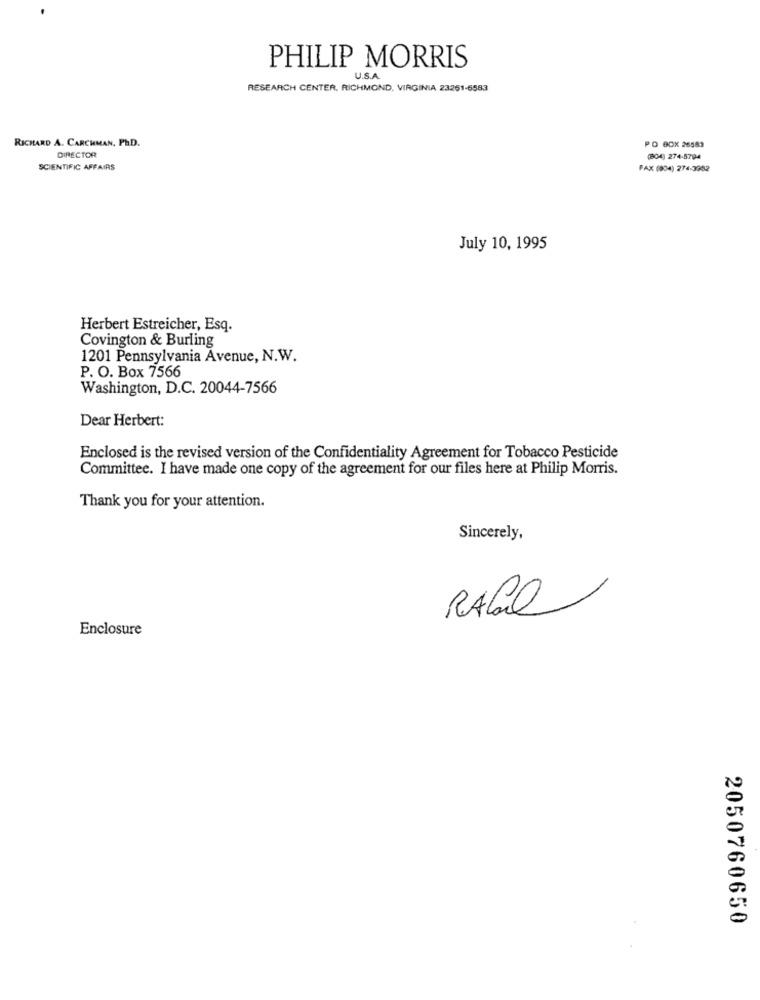
PHILIP MORRIS
U.S.A.
RESEARCH CENTER, RICHMOND, VIRGINIA 23251-6583
RICHARD A. CARCHMAN, PHD.
PO BOX 26583
DIRECTOR
(804) 274-5794
SCIENTIFIC AFFAIRS
FAX (004) 274-3962
July 10, 1995
Herbert Estreicher, Esq.
Covington & Burling
1201 Pennsylvania Avenue, N.W.
P. O. Box 7566
Washington, D.C. 20044-7566
Dear Herbert:
Enclosed is the revised version of the Confidentiality Agreement for Tobacco Pesticide
Committee. I have made one copy of the agreement for our files here at Philip Morris.
Thank you for your attention.
Sincerely,
RAGE
Enclosure
2050760650